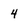
Character: 4